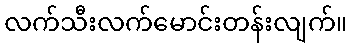
လက်သီးလက်မောင်းတန်းလျက်။